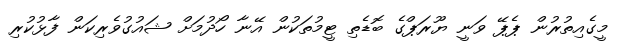
މީގެއިތުރުން ޕެޕޭ ވަނީ ޔޫރަޕްގެ ބޮޑެތި ޓީމުތަކުން އޭނާ ހޯދުމަށް ޝައުގުވެރިކަން ފާޅުކުރި